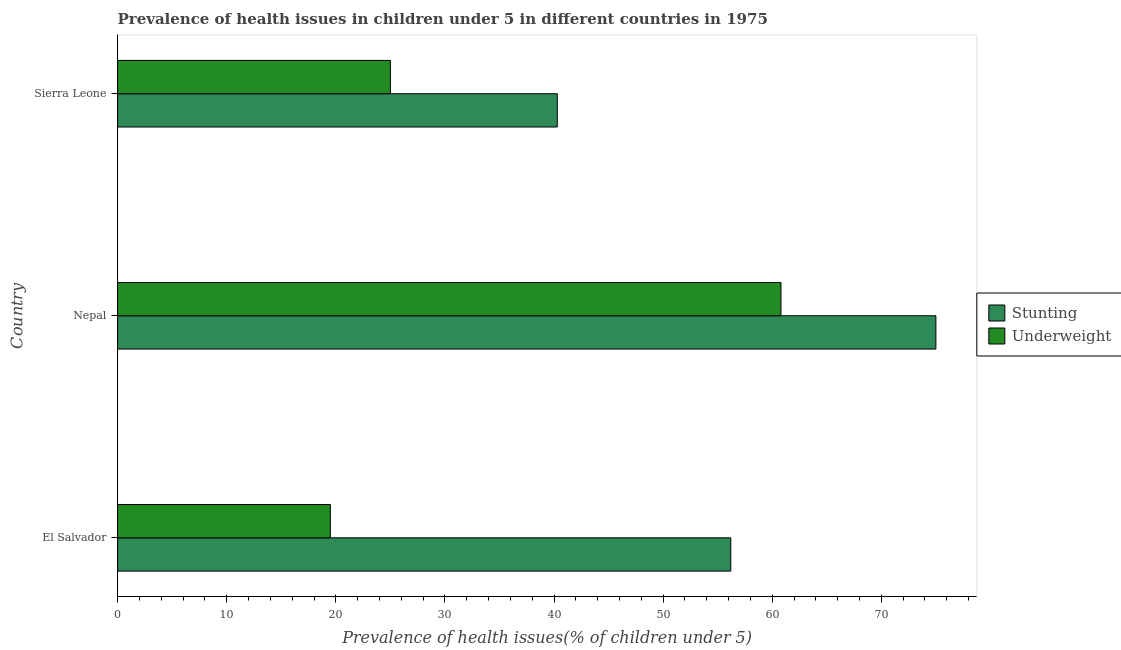
| Country | Stunting | Underweight |
 | --- | --- | --- |
 | El Salvador | 56.2 | 19.5 |
 | Nepal | 75 | 60.8 |
 | Sierra Leone | 40.3 | 25 |